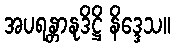
အပရန္တာနုဒိဋ္ဌိ နိဒ္ဒေသ။